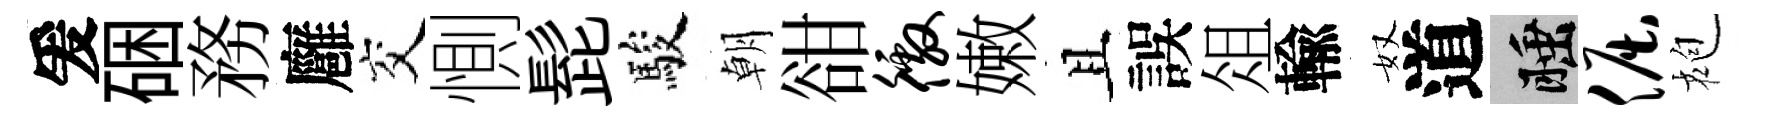
爰硱務廱交惻髭駿朝𧮳徼嫩且誤俎輸奴道睡倔袍